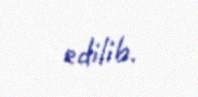
edilib.